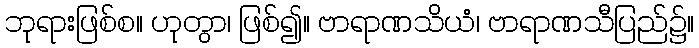
ဘုရားဖြစ်စ။ ဟုတွာ၊ ဖြစ်၍။ ဗာရာဏသိယံ၊ ဗာရာဏသီပြည်၌။